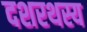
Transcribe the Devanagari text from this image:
दशरथस्य